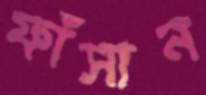
ফাঁসান